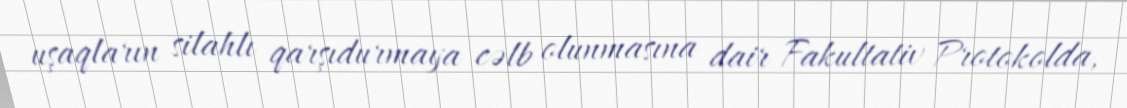
uşaqların silahlı qarşıdurmaya cəlb olunmasına dair Fakultativ Protokolda,